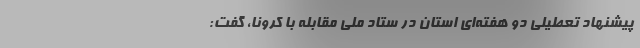
پیشنهاد تعطیلی دو هفته‌ای استان در ستاد ملی مقابله با کرونا، گفت: